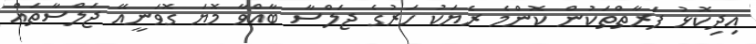
އިދިކޮޅު ފަރާތްތަކުން ކޮންމެ ރެޔަކު ހަރުގެ ޖަލްސާ ބާއްވާ މޮޔަ ގޮވަނީއޭ ޖަލްސާތައް